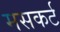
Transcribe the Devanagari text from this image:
मसकर्ट